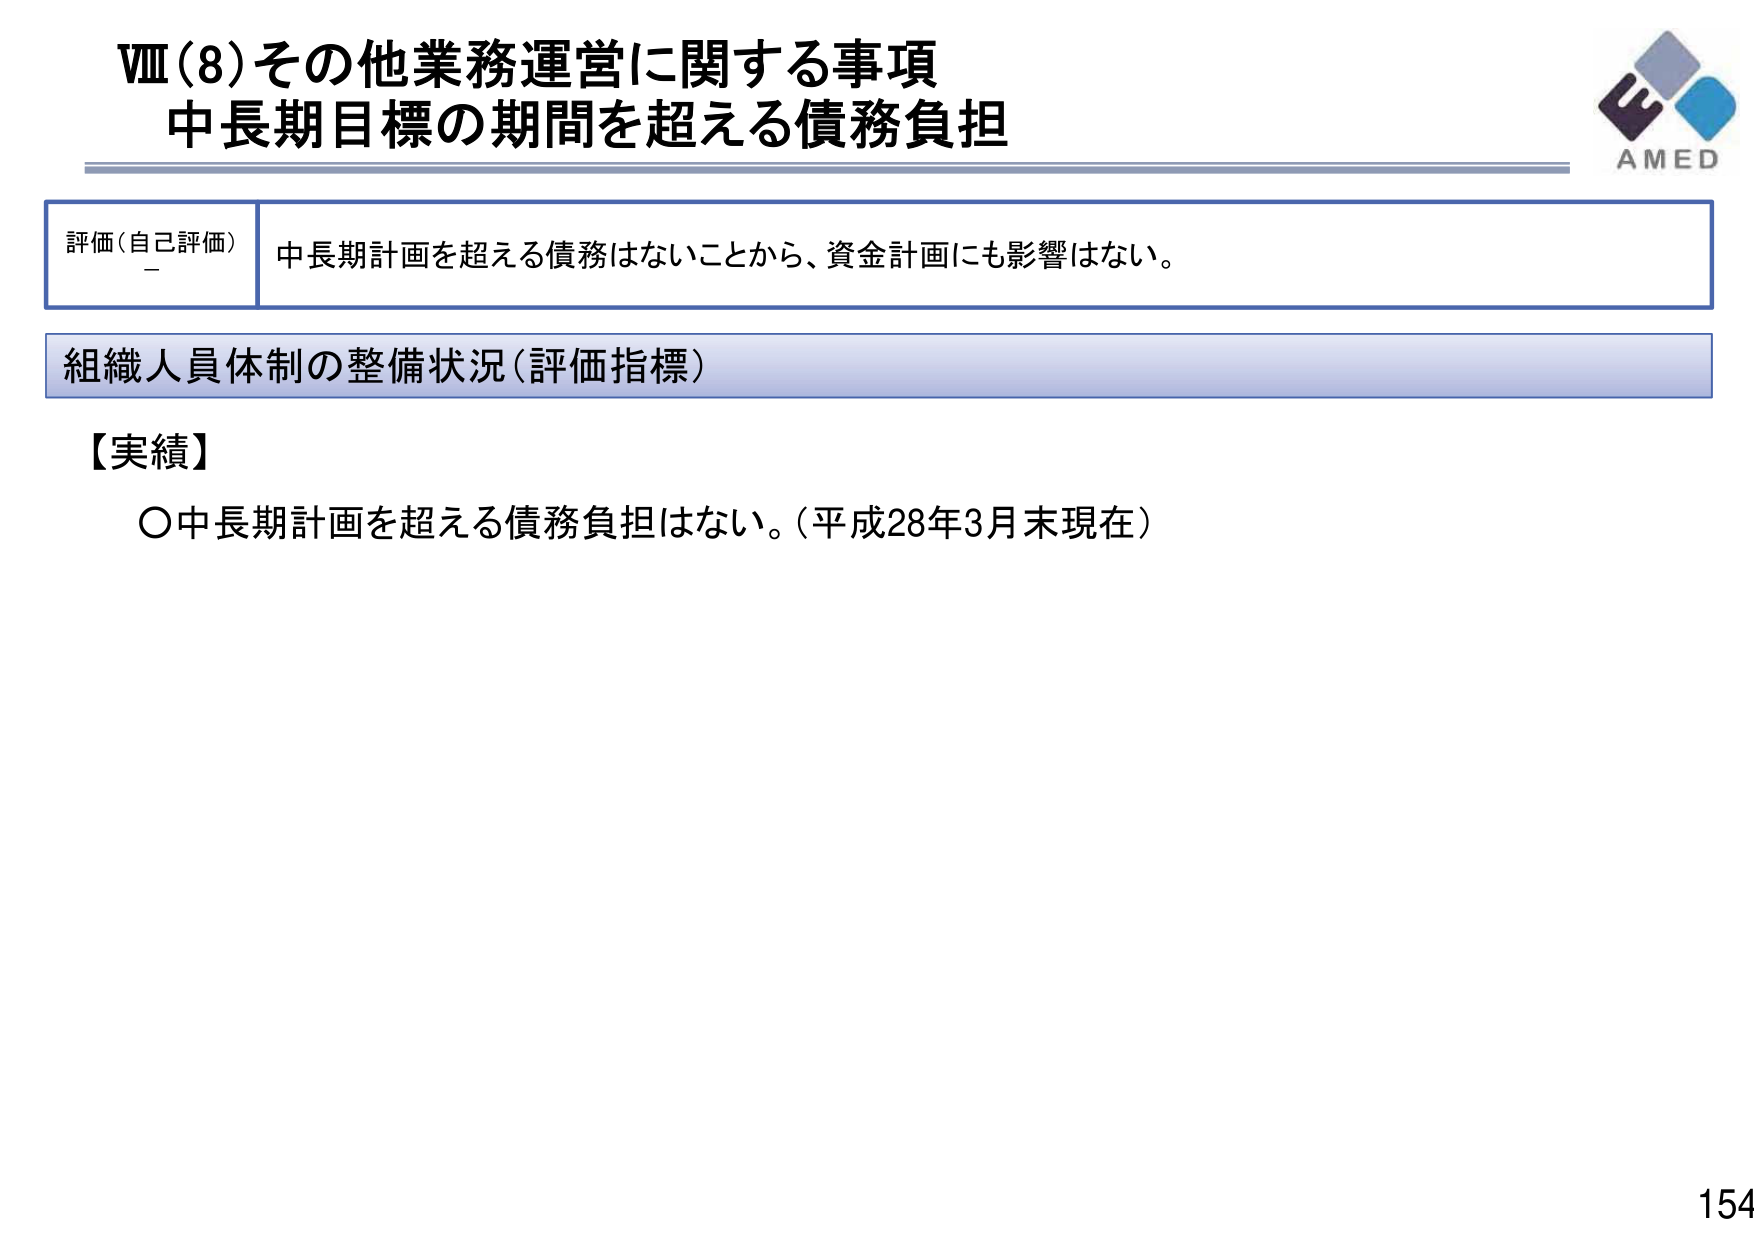
Ⅷ(8)その他業務運営に関する事項
中長期目標の期間を超える債務負担

評価(自己評価)
中長期計画を超える債務はないことから、資金計画にも影響はない。

組織人員体制の整備状況(評価指標)

【実績】
〇中長期計画を超える債務負担はない。(平成28年3月末現在)

AMED
154